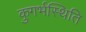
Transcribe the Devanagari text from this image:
कुगर्भस्थिति